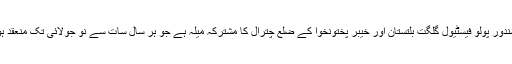
خیال رہے کہ شندور پولو فیسٹیول گلگت بلتستان اور خیبر پختونخوا کے ضلع چترال کا مشترکہ میلہ ہے جو ہر سال سات سے نو جولائی تک منعقد ہوتا ہے جاتا ہے۔